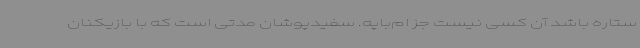
ستاره باشد آن کسی نیست جز ام‌باپه. سفیدپوشان مدتی است که با بازیکنان